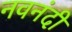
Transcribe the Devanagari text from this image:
नवनंदी